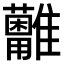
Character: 𩁩